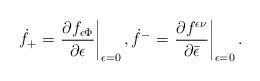
LaTeX: \begin{align*}\dot{f}_{+}=\left.\frac{\partial f_{\epsilon\Phi}}{\partial \epsilon}\right|_{\epsilon=0},\dot{f}^{-}=\left.\frac{\partial f^{\epsilon\nu}}{\partial \bar{\epsilon}}\right|_{\epsilon=0}.\end{align*}